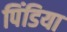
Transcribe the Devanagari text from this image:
पिंडिया